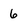
Character: 6